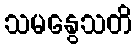
သမနွေသတိ